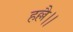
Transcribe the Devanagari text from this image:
हल्लै।।